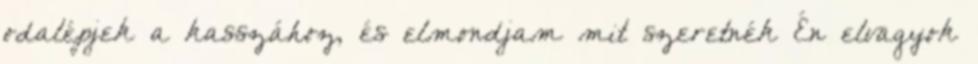
odalépjek a kasszához, és elmondjam mit szeretnék Én elvagyok